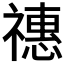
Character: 𥛸